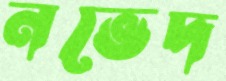
নভেদ